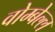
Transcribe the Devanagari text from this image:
वोम्बेल्ल